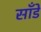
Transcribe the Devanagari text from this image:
साँडे